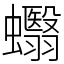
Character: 蠮